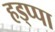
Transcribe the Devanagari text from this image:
हड्प्पा